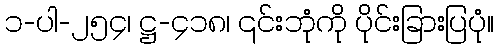
၁-ပါ-၂၅၄၊ ဋ္ဌ-၄၁၈၊ ၎င်းဘုံကို ပိုင်းခြားပြပုံ။